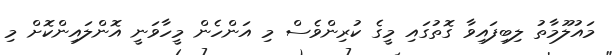
މައުލޫމާތު ލިބިފައިވާ ގޮތުގައި މީގެ ކުރިންވެސް މި އަންހެން މީހާވަނީ އޮންލައިންކޮށް މި